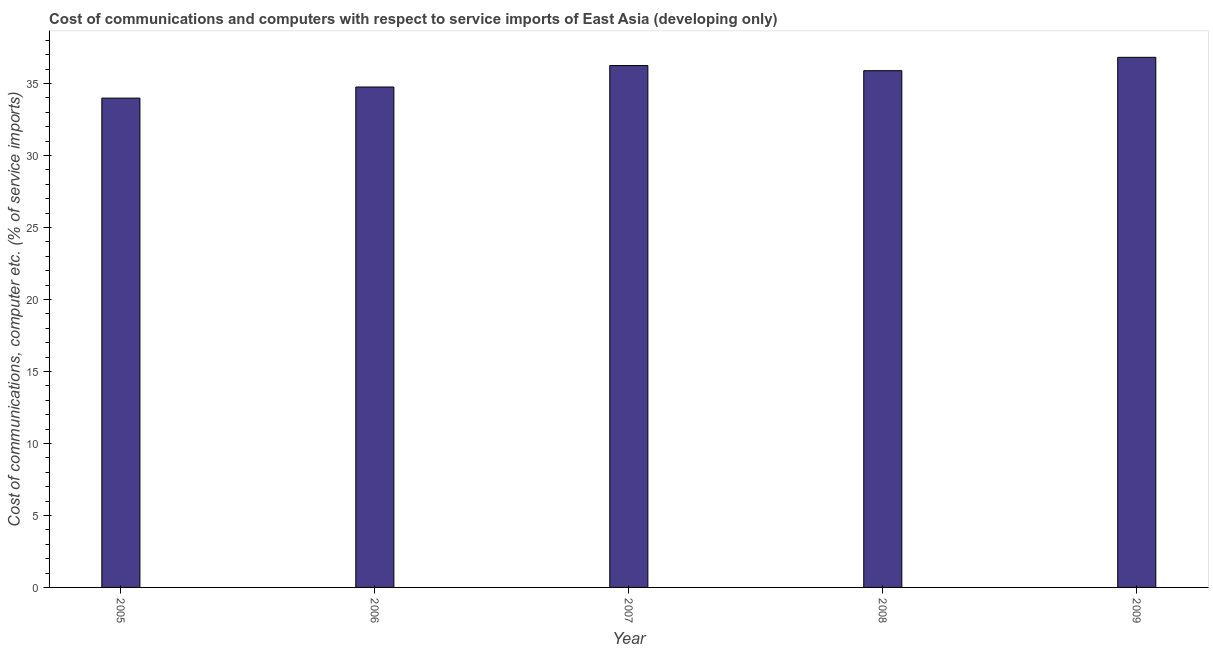
| Year | Communications |
 | --- | --- |
 | 2005 | 34 |
 | 2006 | 34.8 |
 | 2007 | 36.2 |
 | 2008 | 35.9 |
 | 2009 | 36.8 |